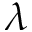
\lambda